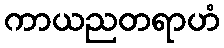
ကာယညတရာဟံ